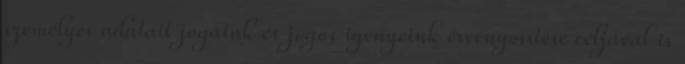
személyes adatait jogaink és jogos igényeink érvényesítése céljával is